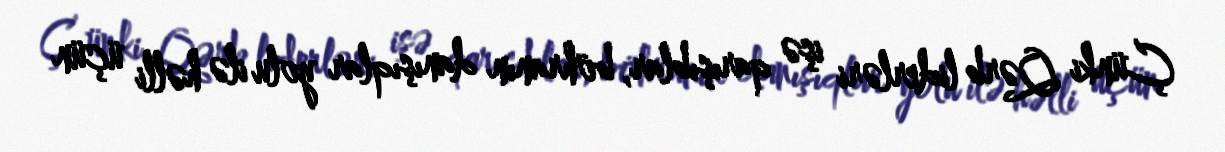
Çünki Qərb liderləri işə qarışıblar, böhranın danışıqlar yolu ilə həlli üçün